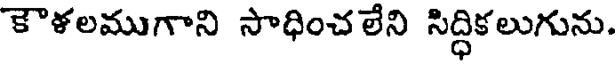
కౌళలముగాని సాధించలేని సిద్ధికలుగును.